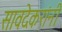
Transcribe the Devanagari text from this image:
सावदेकरांनी